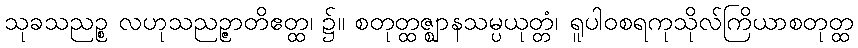
သုခသညဉ္စ လဟုသညဉ္ဇာတိဧတ္ထ၊ ၌။ စတုတ္ထဇ္ဈာနသမ္ပယုတ္တံ၊ ရူပါဝစရကုသိုလ်ကြိယာစတုတ္ထ